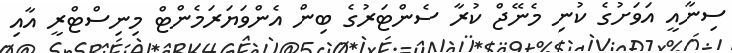
ސިނާއީ އަވަށުގެ ކުނި މެނޭޖް ކުރާ ސެންޓަރުގެ ބިން އެންވަޔަރަމެންޓް މިނިސްޓްރީ އާއި